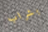
بشراب